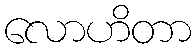
လောဟိတာ